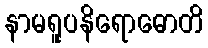
နာမရူပနိရောဓောတိ